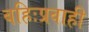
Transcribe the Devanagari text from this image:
बहिःप्रवाही